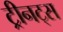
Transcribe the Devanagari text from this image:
ट्रीनट्स